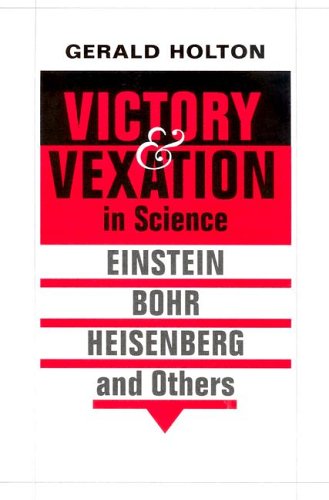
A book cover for Victory and Vexation in Science: Einstein, Bohr, Heisenberg, and Others; Gerald Holton; Christian Books & Bibles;